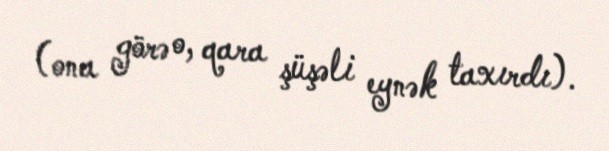
(ona görə o, qara şüşəli eynək taxırdı).